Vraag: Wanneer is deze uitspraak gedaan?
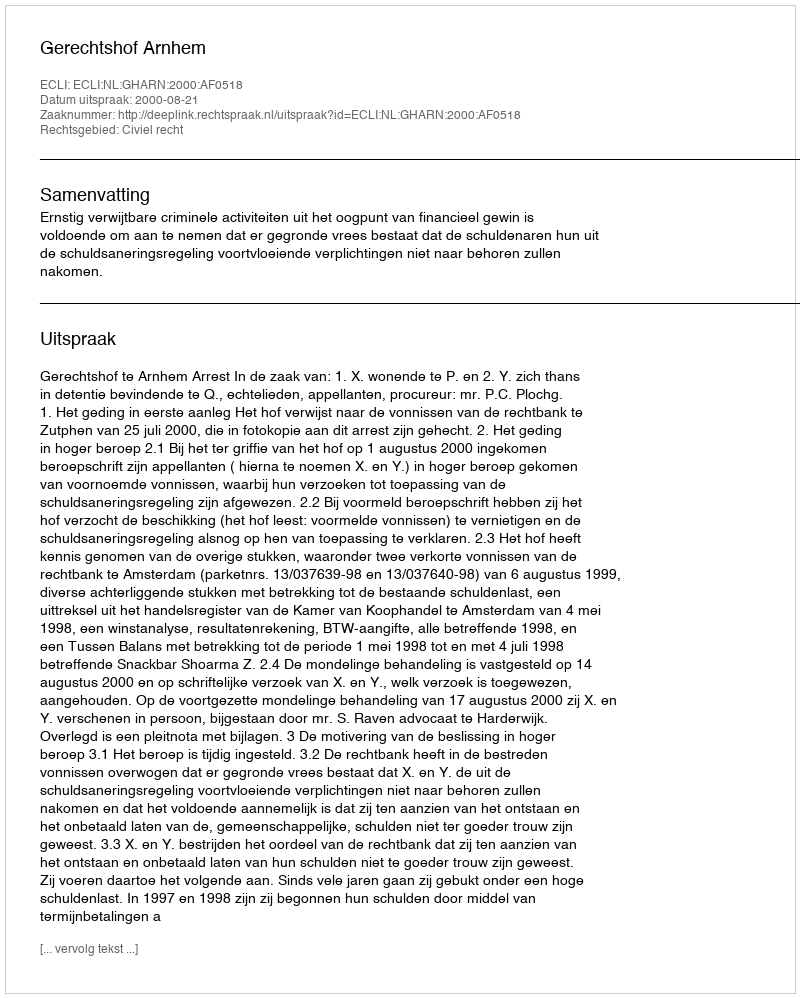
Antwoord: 2000-08-21